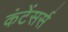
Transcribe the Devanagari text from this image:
कंटेंसर्स